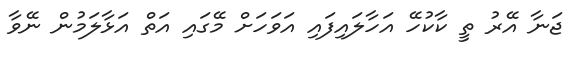
ޖަނާ އޭރު ތީ ކާކުހޭ އަހާލައިފައި އަވަހަށް މޭގައި އަތް އަޅާލަމުން ނޭވާ